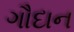
ગૌદાન